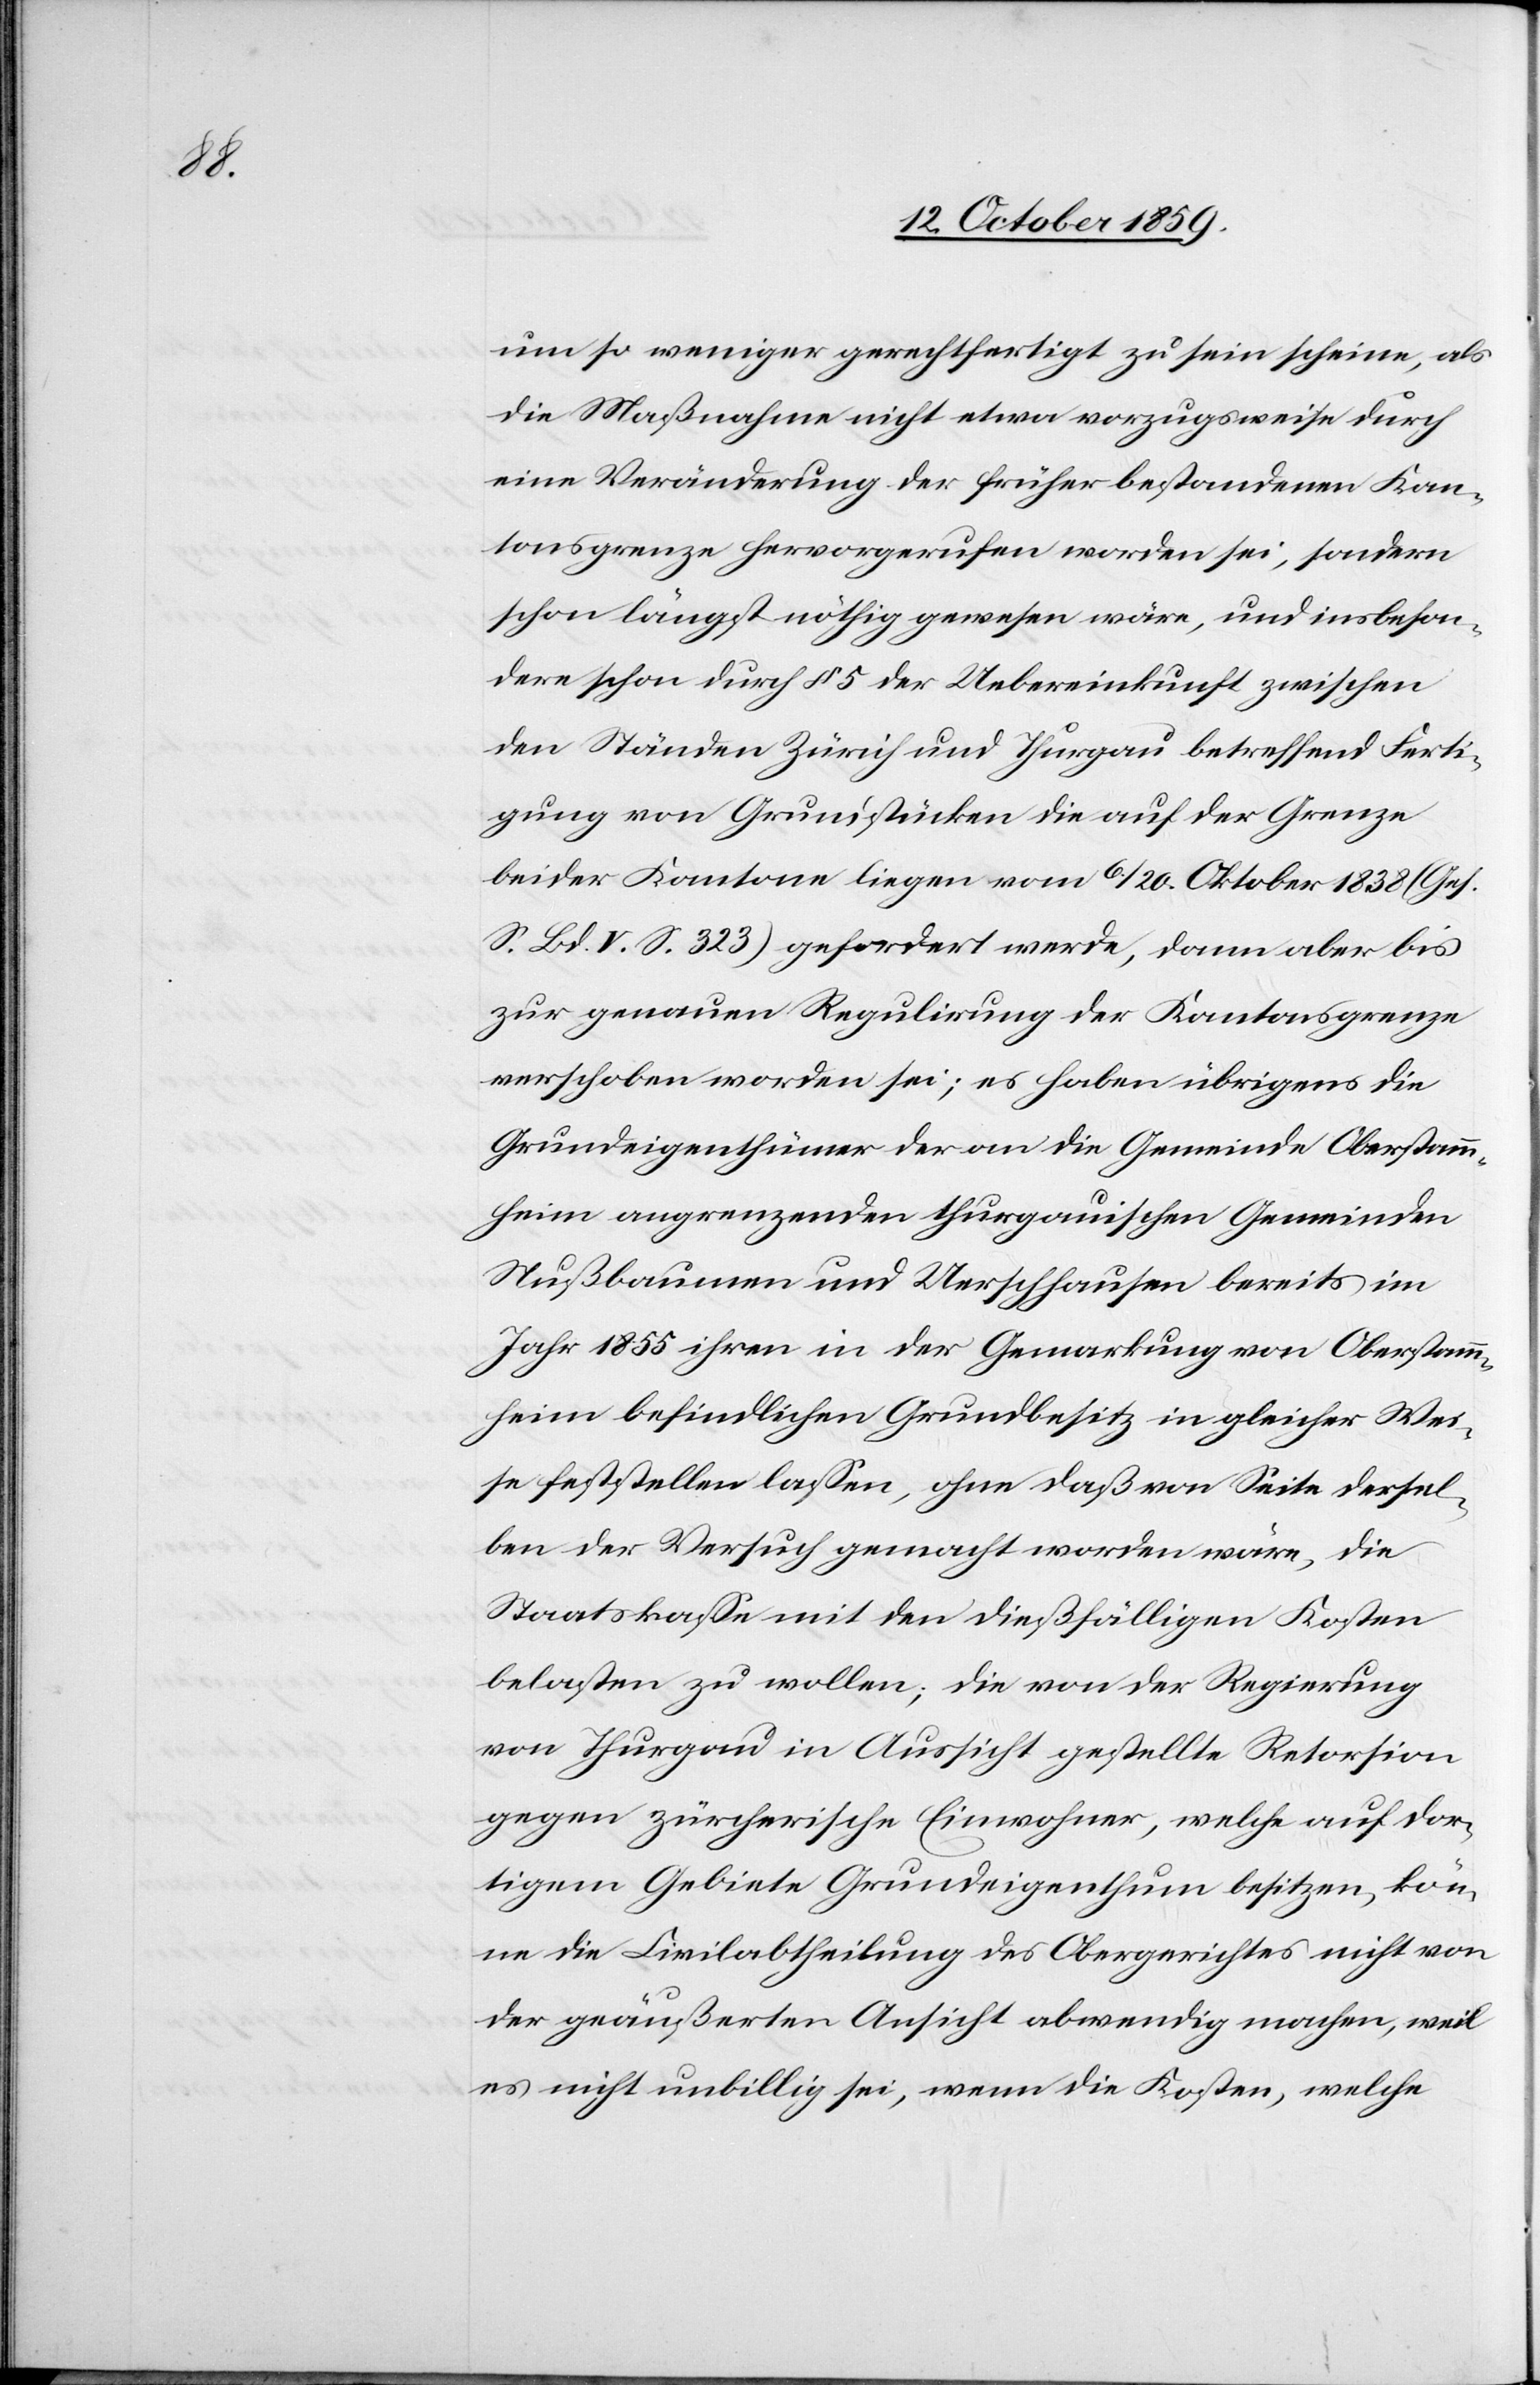
um so weniger gerechtfertigt zu sein scheine, als
die Maßnahme nicht etwa vorzugsweise durch
eine Veränderung der früher bestandenen Kan¬
tonsgrenze hervorgerufen worden sei, sondern
schon längst nöthig gewesen wäre, und insbeson¬
dere schon durch § 5 der Uebereinkunft zwischen
den Ständen Zürich und Thurgau betreffend Ferti¬
gung von Grundstücken die auf der Grenze
beider Kantone liegen vom 6./20. Oktober 1838 (Ges.
S. Bd. V. S. 323) gefordert werde, dann aber bis
zur genauen Regulirung der Kantonsgrenze
verschoben worden sei; es haben übrigens die
Grundeigenthümer der an die Gemeinde Oberstamm¬
heim angrenzenden thurgauischen Gemeinden
Nussbaumen und Uerschhausen bereits im
Jahr 1855 ihren in der Gemarkung von Oberstamm¬
heim befindlichen Grundbesitz in gleicher Wei¬
se feststellen lassen, ohne daß von Seite dersel¬
ben der Versuch gemacht worden wäre, die
Staatskasse mit den dießfälligen Kosten
belasten zu wollen; die von der Regierung
von Thurgau in Aussicht gestellte Retorsion
gegen zürcherische Einwohner, welche auf dor¬
tigem Gebiete Grundeigenthum besitzen, kön¬
ne die Civilabtheilung des Obergerichtes nicht von
der geäusserten Ansicht abwendig machen, weil
es nicht unbillig sei, wenn die Kosten, welche